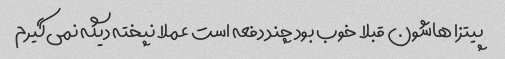
پیتزا هاشون قبلا خوب بود چند دفعه است عملا نپخته دیگه نمی‌گیرم